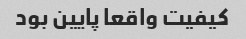
کیفیت واقعا پایین بود